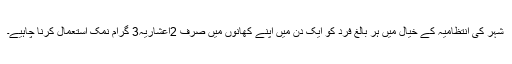
شہر کی انتظامیہ کے خیال میں ہر بالغ فرد کو ایک دن میں اپنے کھانوں میں صرف 2اعشاریہ3 گرام نمک استعمال کرنا چاہیے۔